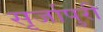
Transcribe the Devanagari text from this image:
सृर्जापुरी